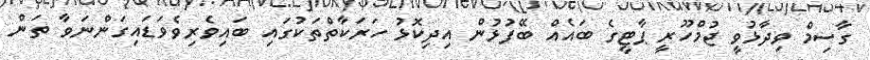
ގާސިމް ވިދާޅުވީ ޖުމްހޫރީ ޕާޓީގެ ބައެއް ބޭފުޅުން އިދިކޮޅު ހަރަކާތްތަކުގައި ބައިވެރިވެވަޑައިގަންނަވާ ތަން